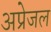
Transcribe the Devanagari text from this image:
अप्रेजल